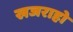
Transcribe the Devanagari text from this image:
खजराहो